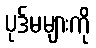
ပုဒ်မများကို